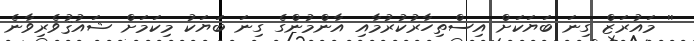
'' މައުރަޒް ގިނަ ބަޔަކަށް އިސްތިހާރުކުރުމާއި އާންމުންގެ ގިނަ ބަޔަކު މިކަމަށް ޝައުޤުވެރިވާނެ